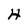
Character: H